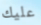
عليك